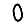
Digit: 0